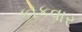
કોકવાર